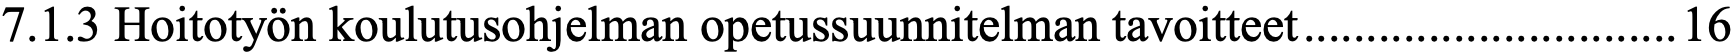
7.1.3 Hoitotyön koulutusohjelman opetussuunnitelman tavoitteet .............................. 16